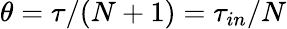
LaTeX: \theta=\tau/(N+1)=\tau_{in}/N